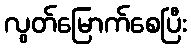
လွတ်မြောက်စေပြီး